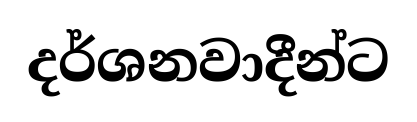
දර්ශනවාදීන්ට